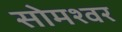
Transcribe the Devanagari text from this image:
सोमश्वर